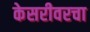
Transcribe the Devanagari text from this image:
केसरीवरचा